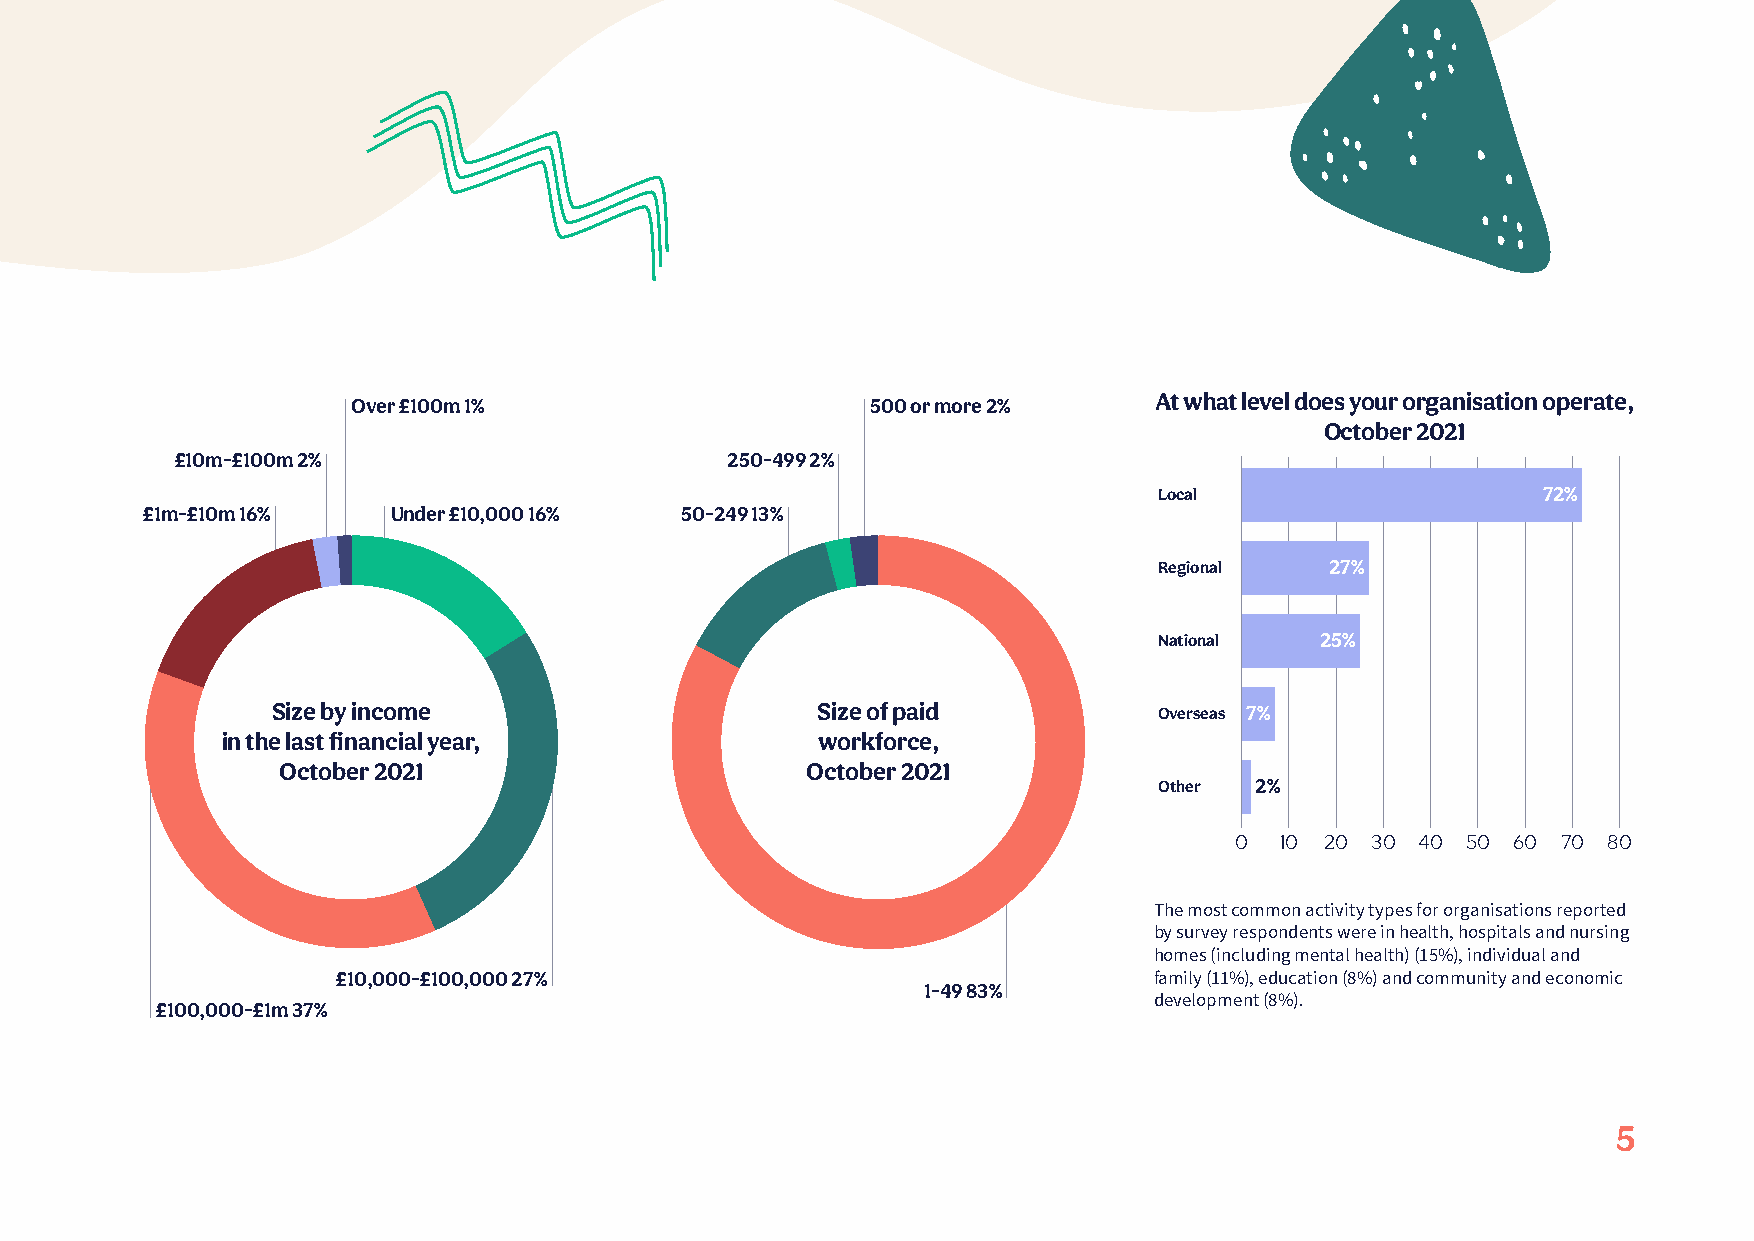
At what level does your organisation operate,
 Over £100m 1%                      500 or more 2%
 October 2021
 £10m-£100m 2%                       250-499 2%
 Local                    72%
 £1m-£10m 16%     Under £10,000 16%  50-249 13%
 Regional   27%
 National  25%
 Size by income                      Size of paid           Overseas 7%
 in the last financial year,            workforce,
 October 2021                       October 2021
 Other 2%
 0  10 20 30 40 50 60 70 80
 The most common activity types for organisations reported
 by survey respondents were in health, hospitals and nursing
 homes (including mental health) (15%), individual and
 £10,000-£100,000 27%                                  family (11%), education (8%) and community and economic
 1-49 83%
 £100,000-£1m 37%                                                  development (8%).
 5